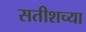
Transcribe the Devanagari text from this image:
सतीशच्या